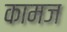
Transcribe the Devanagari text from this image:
कामज